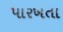
પારખતા